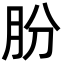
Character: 朌